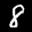
Label: 8